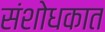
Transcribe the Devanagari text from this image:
संशोधकात